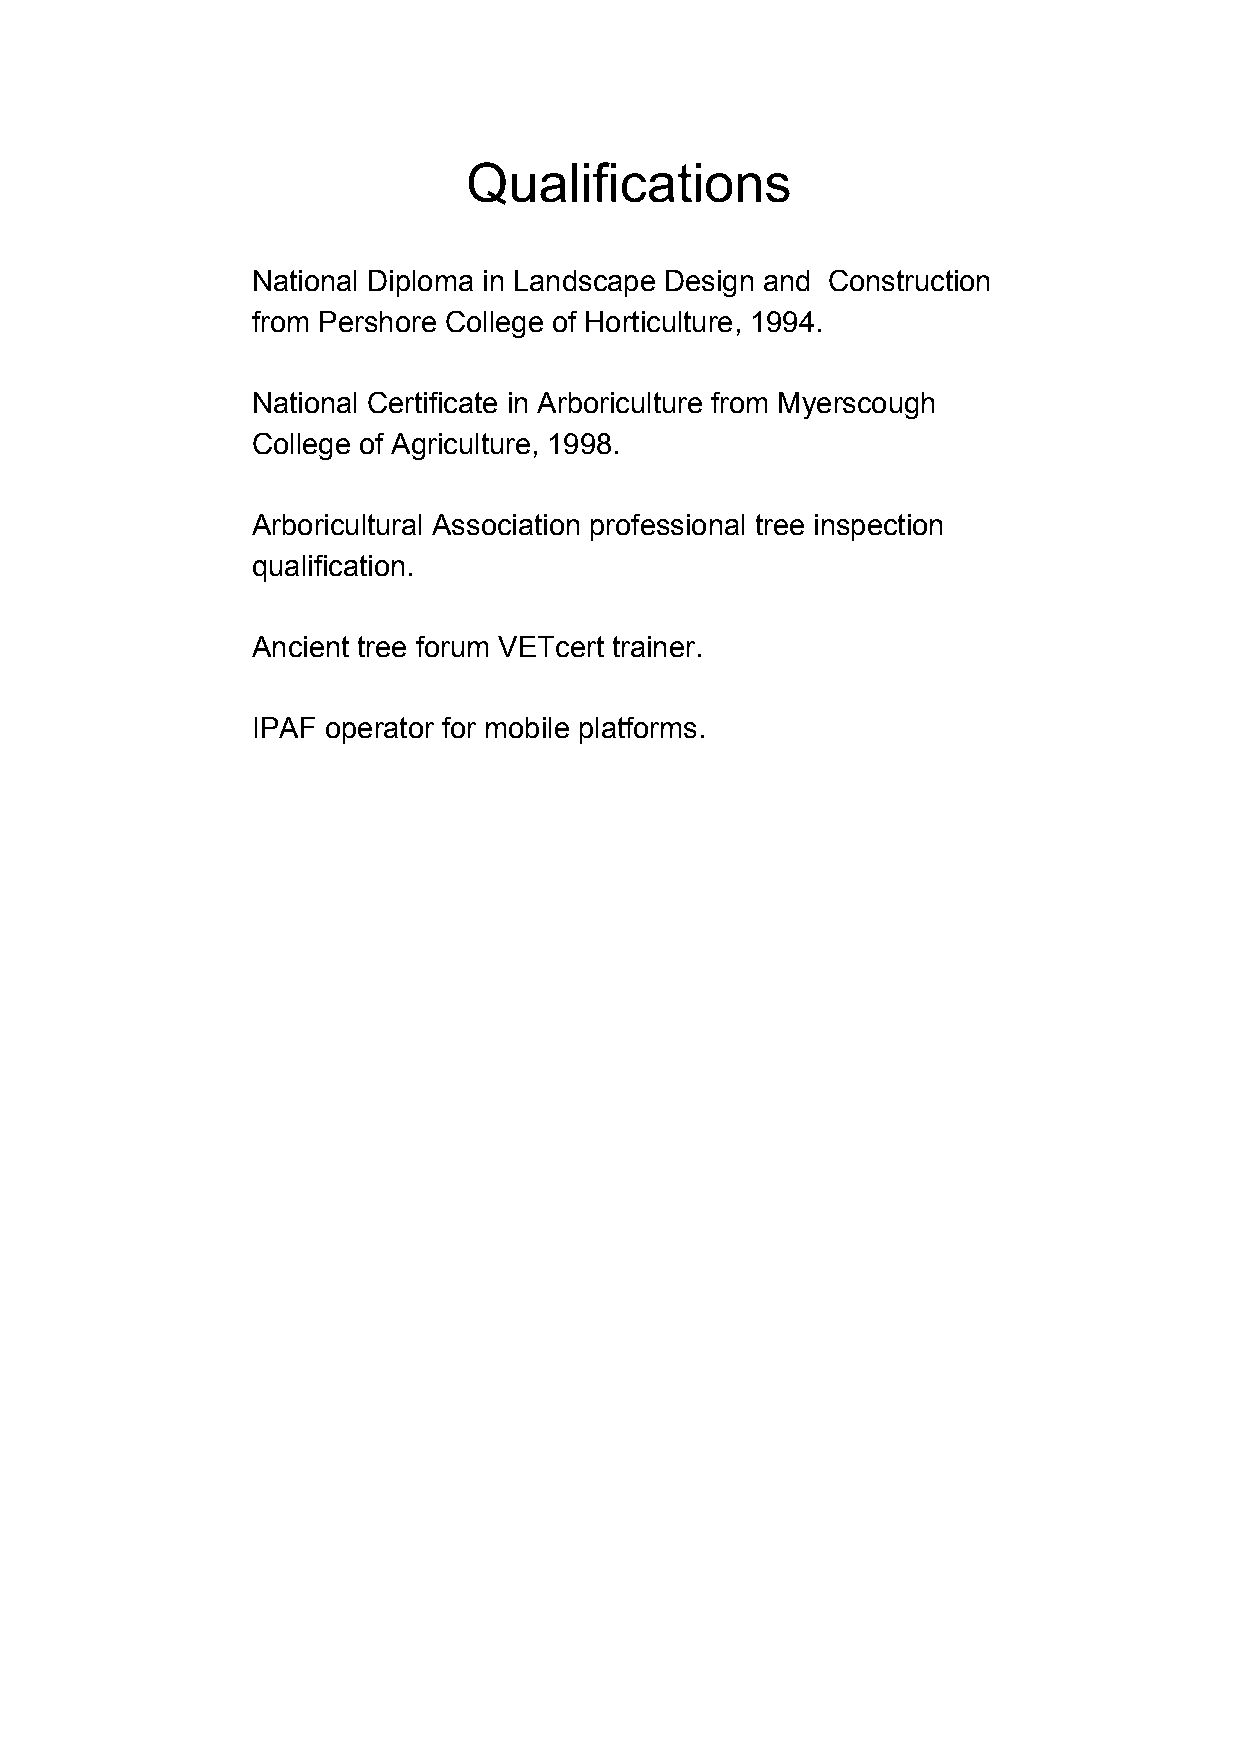
Qualifications
 National Diploma in Landscape Design and Construction
 from Pershore College of Horticulture, 1994.
 National Certificate in Arboriculture from Myerscough
 College of Agriculture, 1998.
 Arboricultural Association professional tree inspection
 qualification.
 Ancient tree forum VETcert trainer.
 IPAF operator for mobile platforms.